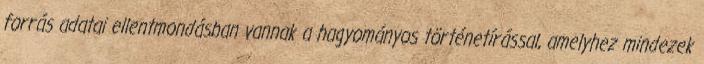
forrás adatai ellentmondásban vannak a hagyományos történetírással, amelyhez mindezek